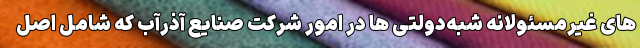
‌های غیرمسئولانه شبه‌دولتی‌ ها در امور شرکت صنایع آذرآب که شامل اصل